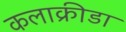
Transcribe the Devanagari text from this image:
कलाक्रीडा